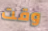
وقت